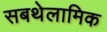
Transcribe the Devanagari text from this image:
सबथेलामिक